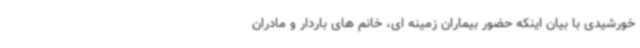
خورشیدی با بیان اینکه حضور بیماران زمینه ای، خانم های باردار و مادران